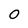
Character: 0